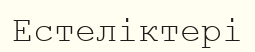
Естеліктері